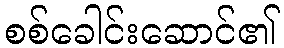
စစ်ခေါင်းဆောင်၏